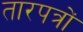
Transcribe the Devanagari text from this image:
तारपत्रों